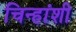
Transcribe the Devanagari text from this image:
चिन्हांशी